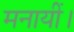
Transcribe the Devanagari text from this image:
मनायीं।